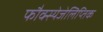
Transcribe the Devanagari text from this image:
फौक्स्येजेलिप्तिक